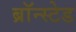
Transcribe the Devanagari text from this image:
ब्रॉन्स्टेड